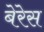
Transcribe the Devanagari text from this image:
बेरेस